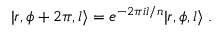
| r , \phi + 2 \pi , l \rangle = e ^ { - 2 \pi i l / n } | r , \phi , l \rangle \; .